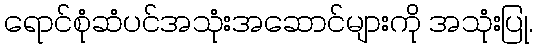
ရောင်စုံဆံပင်အသုံးအဆောင်များကို အသုံးပြု.